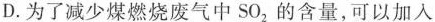
D.为了减少煤燃烧废气中SO_{2}的含量，可以加入